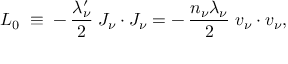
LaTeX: { \cal L } _ { 0 } \; \equiv \; - \, \frac { \lambda _ { \nu } ^ { \prime } } { 2 } \; J _ { \nu } \cdot J _ { \nu } = - \, \frac { n _ { \nu } \lambda _ { \nu } } { 2 } \; v _ { \nu } \cdot v _ { \nu } ,